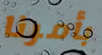
بأمرنا